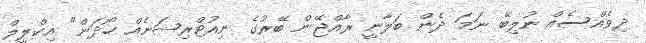
ދިވެއްސެއް ނުލިބޭ ނަމަ ދެން ބަލާނީ ރާއްޖޭން ބޭރުގެ ނިއުޓްރިޝަނެއް ހޯދަން" އިކްލީލް